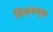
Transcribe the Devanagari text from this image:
रिक्ल्यूस